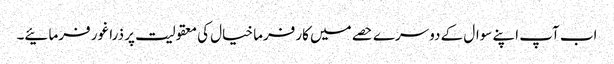
اب آپ اپنے سوال کے دوسرے حصے میں کارفرما خیال کی معقولیت پر ذرا غور فرمائیے۔